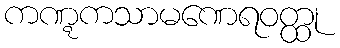
ကဏ္ဋကသာမဏေရဝတ္ထု